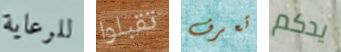
للرعاية تقبلوا تعرف يدكم